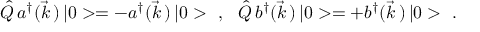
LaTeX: \hat { Q } \, a ^ { \dagger } ( \vec { k } \, ) \, | 0 > = - a ^ { \dagger } ( \vec { k } \, ) \, | 0 > \ \ , \ \ \hat { Q } \, b ^ { \dagger } ( \vec { k } \, ) \, | 0 > = + b ^ { \dagger } ( \vec { k } \, ) \, | 0 > \ .